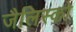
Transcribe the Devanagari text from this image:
जैलिस्को